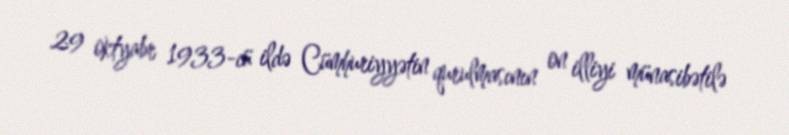
29 oktyabr 1933-cü ildə Cümhuriyyətin qurulmasının on illiyi münasibətilə